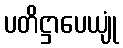
ပတိဋ္ဌာပေယျုံ